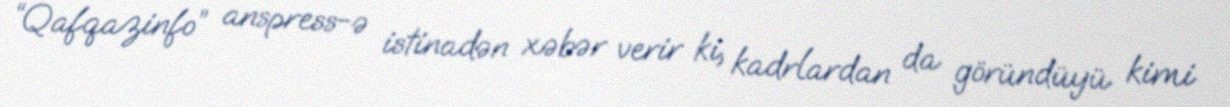
“Qafqazinfo” anspress-ə istinadən xəbər verir ki, kadrlardan da göründüyü kimi